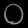
Digit: ၀